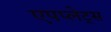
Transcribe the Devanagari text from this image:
एपप्लेट्स